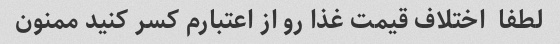
لطفا  اختلاف قیمت غذا رو از اعتبارم کسر کنید ممنون